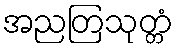
အညတြသုတ္တံ